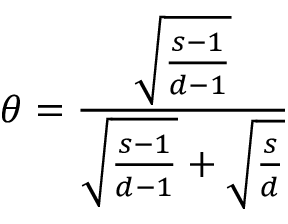
\theta = \frac { \sqrt { \frac { s - 1 } { d - 1 } } } { \sqrt { \frac { s - 1 } { d - 1 } } + \sqrt { \frac { s } { d } } }